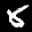
Label: 8